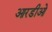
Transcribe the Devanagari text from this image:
आरडीओ